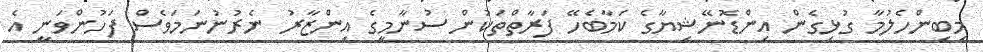
މިބިންހެލުމާ ގުޅިގެން އިންޑޮނޭޝިޔާގެ ކަމާބެހޭ ފަރާތްތަކުން ސުނާމީގެ އިންޒާރު ނެރުނުނަމަވެސް ފަހުންވަނީ އެ